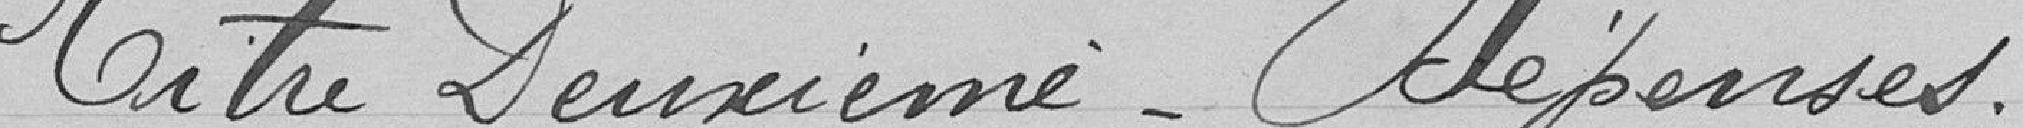
deuxième-dépenses